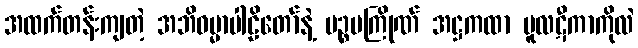
အထက်တန်းကျတဲ့ အဘိဓမ္မာပါဠိတော်နဲ့ ပဉ္စပကြိုဏ် အဋ္ဌကထာ မူလဋီကာကိုလဲ